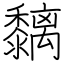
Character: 黐